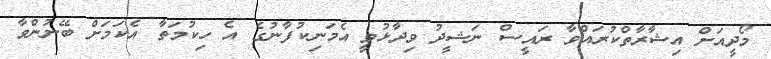
މޯދީއަށް އިޝާރާތްްކުރައްވާ ރައީސް ނަޝީދު ވިދާޅުވީ އެމަނިކުފާނުގެ އެ ހިކުމަތާ އެކަމަށް ބޭނުންވާ